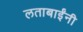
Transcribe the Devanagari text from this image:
लताबाईंनी